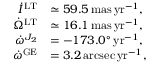
\begin{array} { r l } { \dot { I } ^ { \mathrm { L T } } } & { \simeq 5 9 . 5 \, \mathrm { m a s \, y r } ^ { - 1 } , } \\ { \dot { \Omega } ^ { \mathrm { L T } } } & { \simeq 1 6 . 1 \, \mathrm { m a s \, y r } ^ { - 1 } , } \\ { \dot { \omega } ^ { J _ { 2 } } } & { = - 1 7 3 . 0 ^ { \circ } \, \mathrm { y r } ^ { - 1 } , } \\ { \dot { \omega } ^ { \mathrm { G E } } } & { = 3 . 2 \, \mathrm { a r c s e c \, y r } ^ { - 1 } , } \end{array}